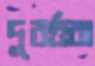
দুবর্ত্তরা